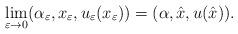
LaTeX: \begin{align*}\lim_{\varepsilon\to0}(\alpha_\varepsilon,x_\varepsilon,u_\varepsilon(x_\varepsilon))=(\alpha,\hat{x},u(\hat{x})).\end{align*}